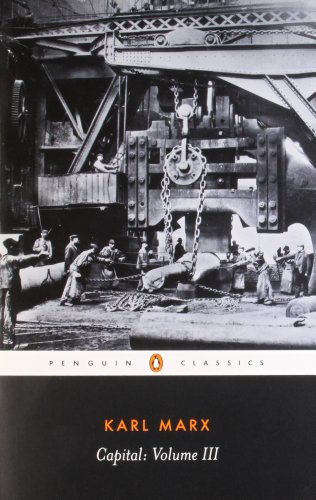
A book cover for Capital: A Critique of Political Economy, Vol. 3 (Penguin Classics); Karl Marx; Business & Money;